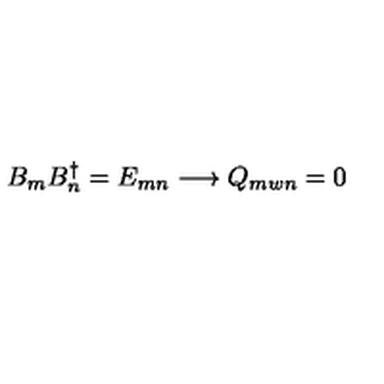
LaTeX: B _ { m } B _ { n } ^ { \dagger } = E _ { m n } \longrightarrow Q _ { m w n } = 0